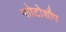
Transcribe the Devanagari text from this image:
फोटोशौप